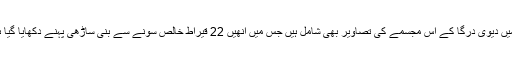
ان میں دیوی درگا کے اس مجسمے کی تصاویر بھی شامل ہیں جس میں انھیں 22 قیراط خالص سونے سے بنی ساڑھی پہنے دکھایا گیا ہے۔